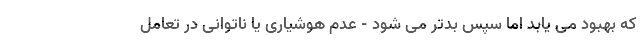
که بهبود می یابد اما سپس بدتر می شود - عدم هوشیاری یا ناتوانی در تعامل